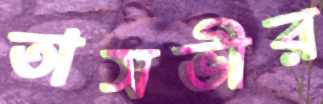
তাসভীর